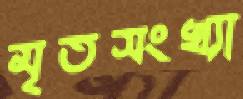
মৃতসংখ্যা